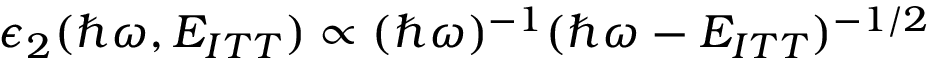
\epsilon _ { 2 } ( \hbar \omega , E _ { I T T } ) \propto ( \hbar \omega ) ^ { - 1 } ( \hbar \omega - E _ { I T T } ) ^ { - 1 / 2 }